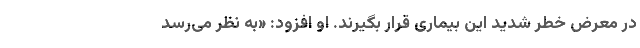
در معرض خطر شدید این بیمارى قرار بگیرند. او افزود: «به نظر می‌رسد